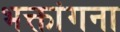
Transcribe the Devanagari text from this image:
भक्तांगना